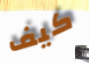
كيف